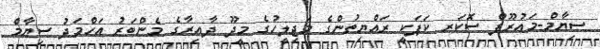
ސިޔާމް-މައުރޫފް ސޮކަރ ކަޕަކީ ރައްޔިތުންގެ މަޖިލީހުގެ މީދޫ ދާއިރާގެ މެންބަރު އަހްމަދު ސިޔާމް